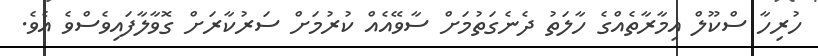
ހުރިހާ ސްކޫލް އިމާރާތެއްގެ ހާލަތު ދެނެގަތުމަށް ސާވޭއެއް ކުރުމަށް ސަރުކާރަށް ގޮވާލާފައިވެސްވެ އެވެ.